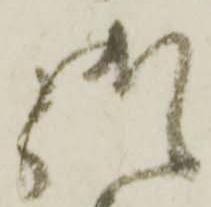
御